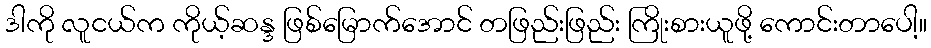
ဒါကို လူငယ်က ကိုယ့်ဆန္ဒ ဖြစ်မြောက်အောင် တဖြည်းဖြည်း ကြိုးစားယူဖို့ ကောင်းတာပေါ့။